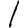
Digit: 1